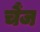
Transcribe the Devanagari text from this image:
चैंज